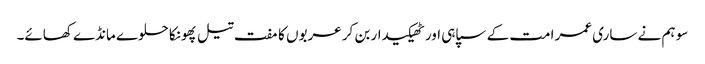
سو ہم نے ساری عمر امت کے سپاہی اور ٹھیکیدار بن کر عربوں کا مفت تیل پھونکا حلوے مانڈے کھائے۔